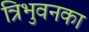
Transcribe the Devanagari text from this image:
त्रिभुवनका